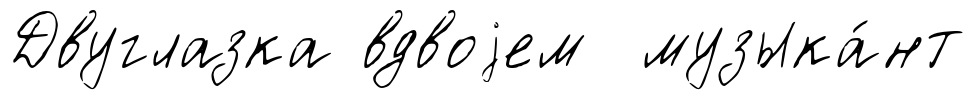
Двуглазка вдвоjем музыка́нт